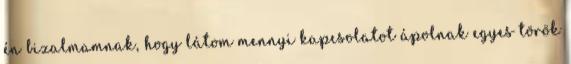
én bizalmamnak, hogy látom mennyi kapcsolatot ápolnak egyes török